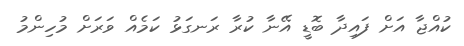
ކުއްޖާ އަށް ފައިދާ ބޮޑީ އޭނާ ކުރާ ރަނގަޅު ކަމެއް ވަރަށް މުހިންމު